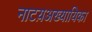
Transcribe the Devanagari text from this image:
नाटय़अख्यायिका